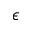
\epsilon